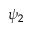
\psi _ { 2 }